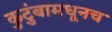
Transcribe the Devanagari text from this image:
कुटुंबामधूनच